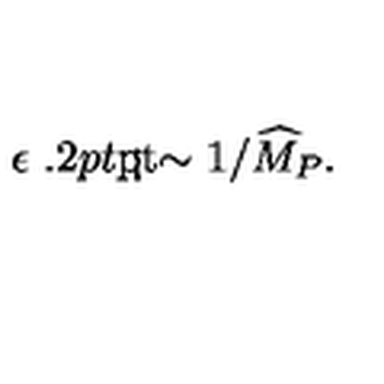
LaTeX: \epsilon { \ \lower - 1 . 2 p t \mathrm { \mathrm { \rlap { < } \lower 5 p t \mathrm { \mathrm { \sim } } } } \ } 1 / { \widehat M } _ { P } .